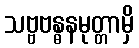
သဗ္ဗဗန္ဓနမုတ္တာမှိ